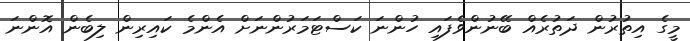
މީގެ އިތުރުން ދަތުރެއް ބޭނުންވެފައި ހުންނަ ކަސްޓަމަރުންނަށް އެންމެ ކައިރިން ލިބެން އޮންނަ